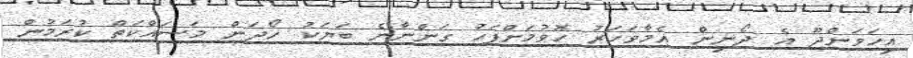
އިހަވަންދޫ އެ ދޯނިން އެމާވަހަރު ހޮވުމަށްފަހު ގަންނާނެ ބަޔަކު ހޯދަން މަސައްކަތް ކުރަމުން